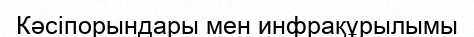
Кәсіпорындары мен инфрақұрылымы